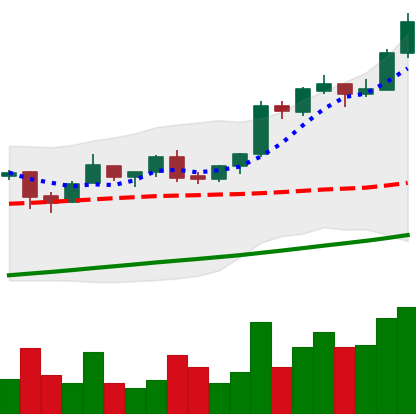
Ticker: BTC-USD
Chart end date: 2017-08-12
Forward return: 11.506%
Label: up_7plus